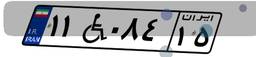
۰۲W۹۶۲۵۲